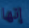
إنها